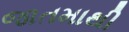
જાતમાથી